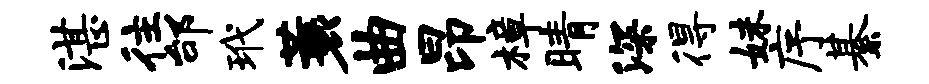
湛往邰玳蓑曲昂樟睛深得妹序綦